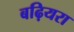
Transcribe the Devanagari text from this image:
बढ़ियरा